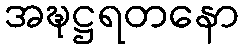
အဍ္ဎဋ္ဌရတနော